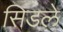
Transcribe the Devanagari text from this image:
सिडले